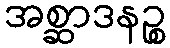
အစ္ဆာဒနဉ္စ